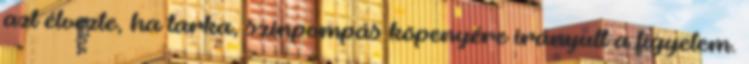
azt élvezte, ha tarka, színpompás köpenyére irányult a figyelem.